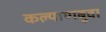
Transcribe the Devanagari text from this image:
कल्याणबुवा